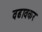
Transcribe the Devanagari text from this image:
वढावकर